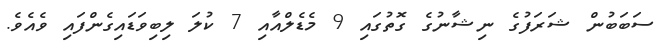
ސަބަބުން ޝަރަފުގެ ނިޝާނުގެ ގޮތުގައި 9 މެޑެލްއާއި 7 ކުލަ ލިބިވަޑައިގެންފައި ވެއެވެ.